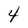
Character: 4